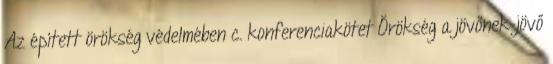
Az épített örökség védelmében c. konferenciakötet Örökség a jövőnek-jövő